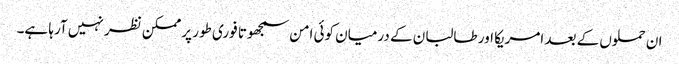
ان حملوں کے بعد امریکا اور طالبان کے درمیان کوئی امن سمجھوتا فوری طور پر ممکن نظر نہیں آرہا ہے۔